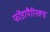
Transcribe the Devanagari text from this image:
फोंडापैरिनक्स